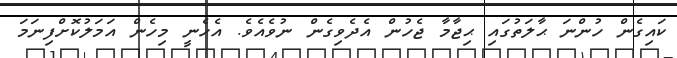
ކައިގެން ހުންނަ ޙާލަތުގައި ޙިޖާމާ ޖެހުން އެދެވިގެން ނުވެއެވެ. އެހެނީ މިހެން އަމަލުކޮށްފިނަމަ